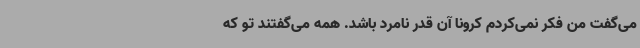
می‌گفت من فکر نمی‌کردم کرونا آن قدر نامرد باشد. همه می‌گفتند تو که